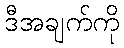
ဒီအချက်ကို